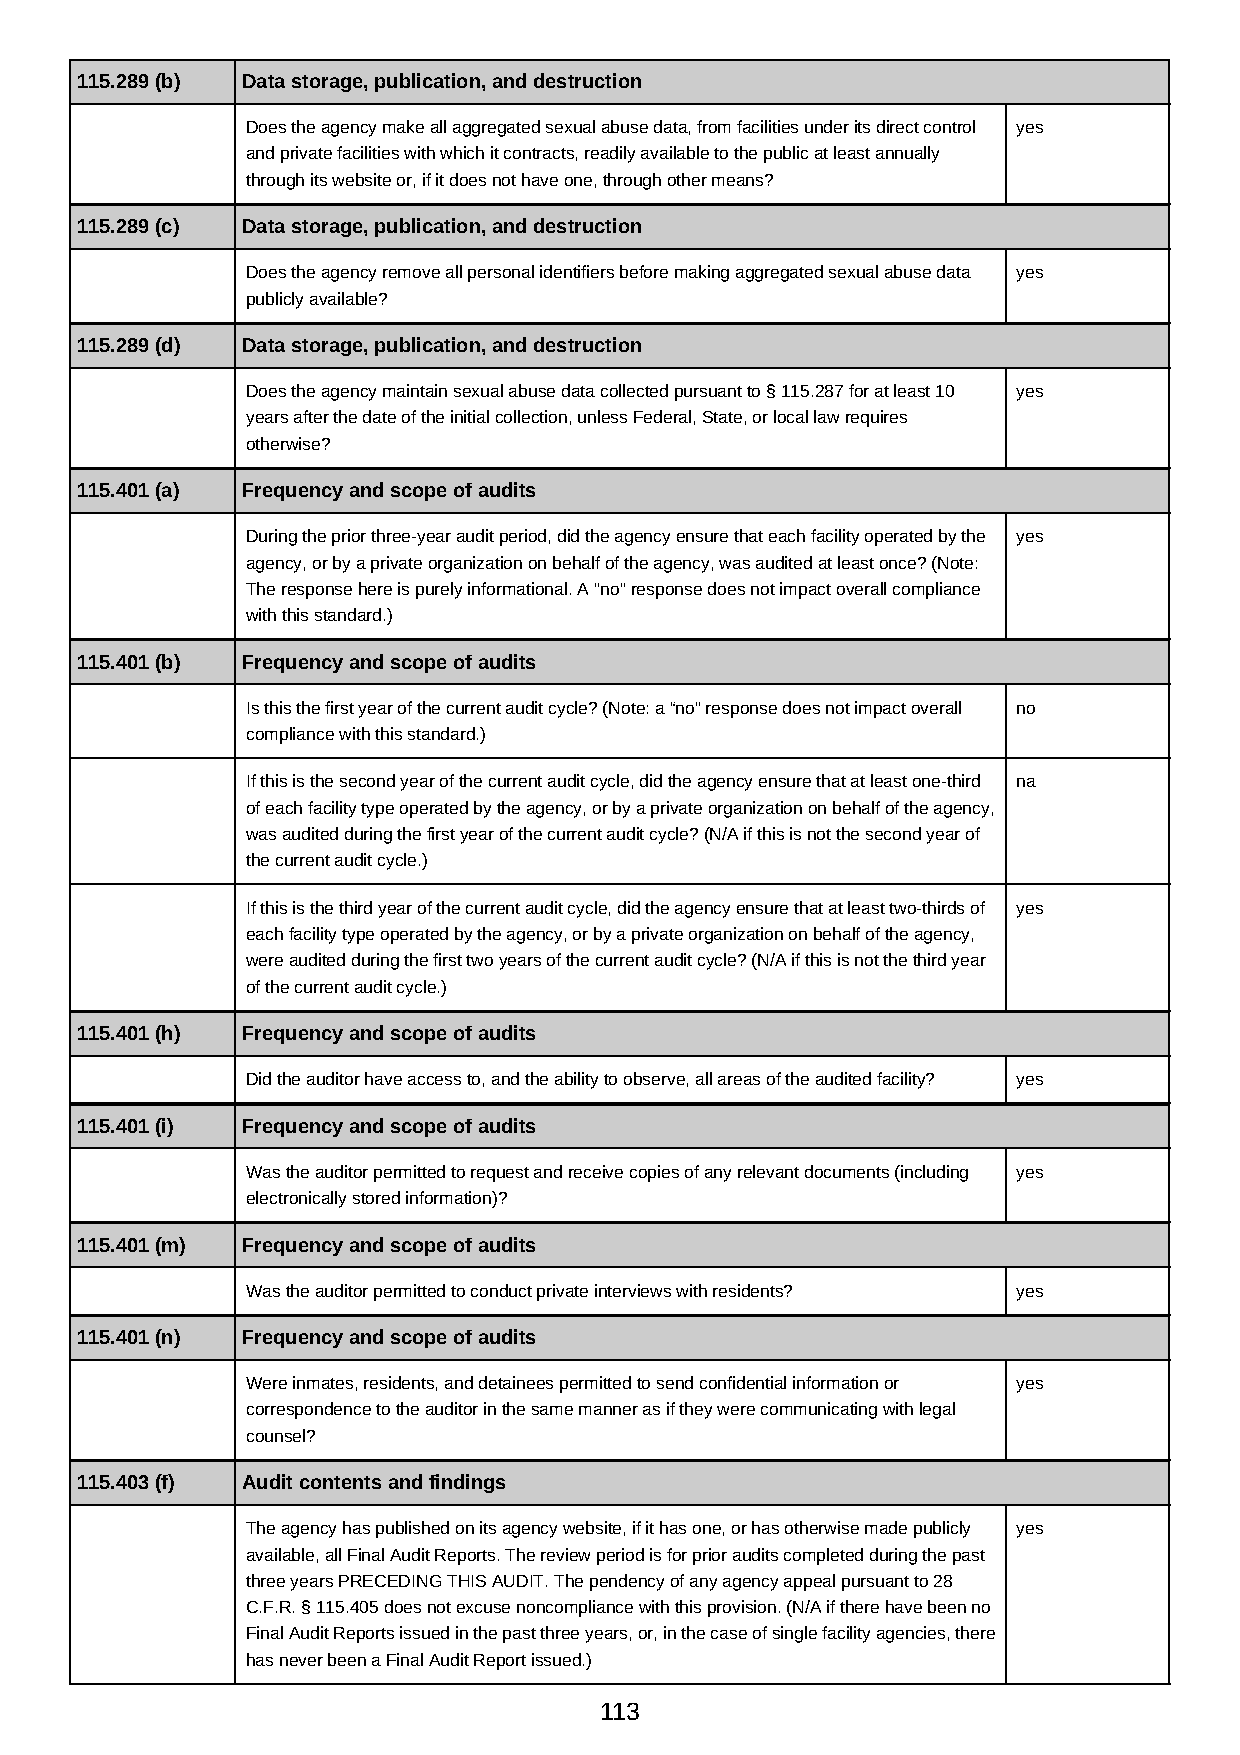
115.289 (b) Data storage, publication, and destruction
 Does the agency make all aggregated sexual abuse data, from facilities under its direct control yes
 and private facilities with which it contracts, readily available to the public at least annually
 through its website or, if it does not have one, through other means?
 115.289 (c) Data storage, publication, and destruction
 Does the agency remove all personal identifiers before making aggregated sexual abuse data yes
 publicly available?
 115.289 (d) Data storage, publication, and destruction
 Does the agency maintain sexual abuse data collected pursuant to § 115.287 for at least 10 yes
 years after the date of the initial collection, unless Federal, State, or local law requires
 otherwise?
 115.401 (a) Frequency and scope of audits
 During the prior three-year audit period, did the agency ensure that each facility operated by the yes
 agency, or by a private organization on behalf of the agency, was audited at least once? (Note:
 The response here is purely informational. A "no" response does not impact overall compliance
 with this standard.)
 115.401 (b) Frequency and scope of audits
 Is this the first year of the current audit cycle? (Note: a “no”​ response does not impact overall no
 compliance with this standard.)
 If this is the second year of the current audit cycle, did the agency ensure that at least one-third na
 of each facility type operated by the agency, or by a private organization on behalf of the agency,
 was audited during the first year of the current audit cycle? (N/A if this is not the second year of
 the current audit cycle.)
 If this is the third year of the current audit cycle, did the agency ensure that at least two-thirds of yes
 each facility type operated by the agency, or by a private organization on behalf of the agency,
 were audited during the first two years of the current audit cycle? (N/A if this is not the third year
 of the current audit cycle.)
 115.401 (h) Frequency and scope of audits
 Did the auditor have access to, and the ability to observe, all areas of the audited facility? yes
 115.401 (i) Frequency and scope of audits
 Was the auditor permitted to request and receive copies of any relevant documents (including yes
 electronically stored information)?
 115.401 (m) Frequency and scope of audits
 Was the auditor permitted to conduct private interviews with residents? yes
 115.401 (n) Frequency and scope of audits
 Were inmates, residents, and detainees permitted to send confidential information or yes
 correspondence to the auditor in the same manner as if they were communicating with legal
 counsel?
 115.403 (f) Audit contents and findings
 The agency has published on its agency website, if it has one, or has otherwise made publicly yes
 available, all Final Audit Reports. The review period is for prior audits completed during the past
 three years PRECEDING THIS AUDIT. The pendency of any agency appeal pursuant to 28
 C.F.R. § 115.405 does not excuse noncompliance with this provision. (N/A if there have been no
 Final Audit Reports issued in the past three years, or, in the case of single facility agencies, there
 has never been a Final Audit Report issued.)
 113